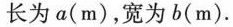
长为a(m)，宽为b(m).